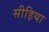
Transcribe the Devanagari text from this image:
सीड़िया